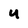
Character: U